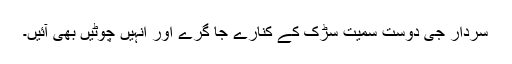
سردار جی دوست سمیت سڑک کے کنارے جا گرے اور انہیں چوٹیں بھی آئیں۔